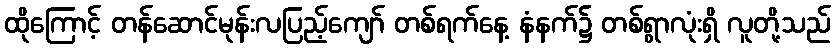
ထိုကြောင့် တန်ဆောင်မုန်းလပြည့်ကျော် တစ်ရက်နေ့ နံနက်၌ တစ်ရွာလုံးရှိ လူတို့သည်